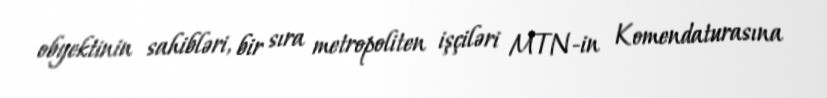
obyektinin sahibləri, bir sıra metropoliten işçiləri MTN-in Komendaturasına